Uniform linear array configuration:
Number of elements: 32
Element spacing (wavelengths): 0.5
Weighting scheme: binomial
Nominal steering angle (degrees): -30
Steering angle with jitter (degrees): -28.82
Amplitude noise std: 0.05
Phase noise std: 0.05

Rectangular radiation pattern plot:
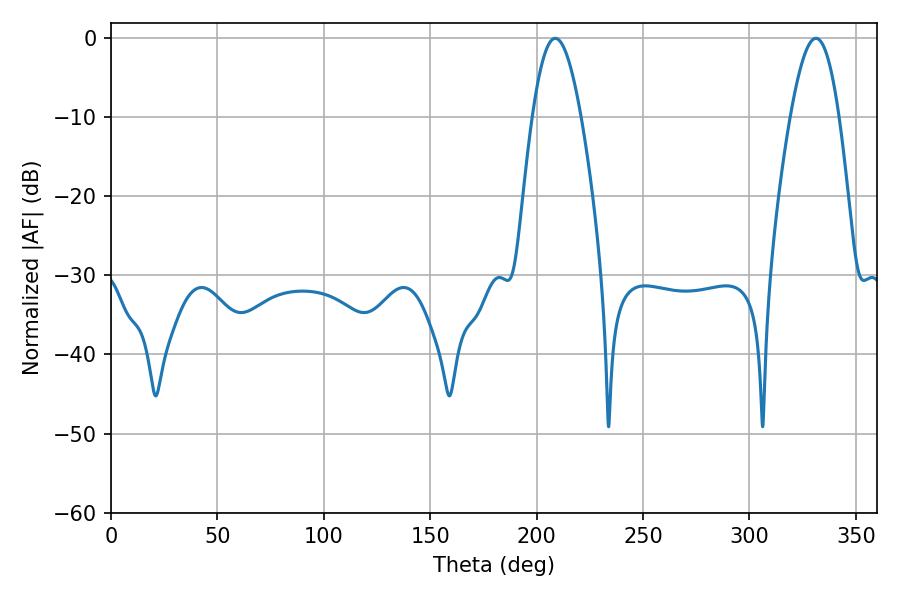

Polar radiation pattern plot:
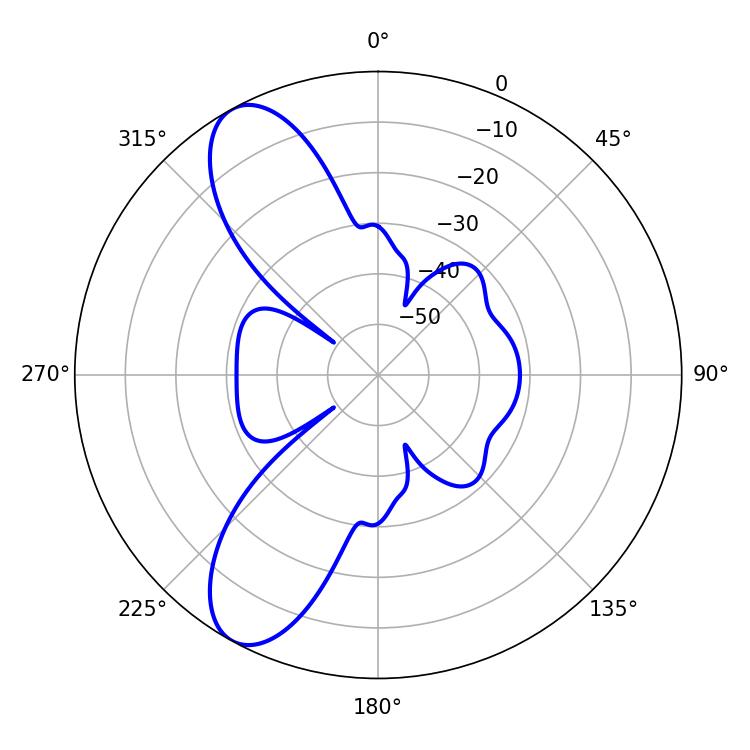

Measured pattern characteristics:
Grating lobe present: FALSE
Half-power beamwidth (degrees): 12.42
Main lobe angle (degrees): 208.8